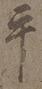
平